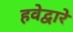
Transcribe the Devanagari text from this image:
हवेद्वारे